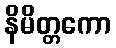
နိမိတ္တကော